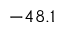
- 4 8 . 1